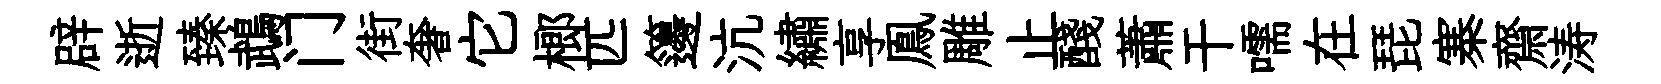
辟逝臻鵡门街奢它榔匹籩沆繡享鳯雕止醆蕭干嚅在琵寨齋涛